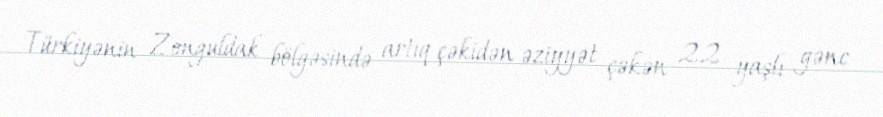
Türkiyənin Zonguldak bölgəsində artıq çəkidən əziyyət çəkən 22 yaşlı gənc